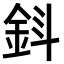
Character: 𨥪